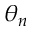
\theta _ { n }